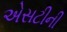
એસટીની